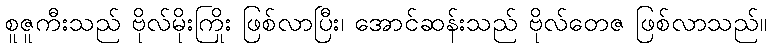
စူဇူကီးသည် ဗိုလ်မိုးကြိုး ဖြစ်လာပြီး၊ အောင်ဆန်းသည် ဗိုလ်တေဇ ဖြစ်လာသည်။